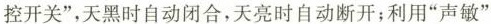
控开关”，天黑时自动闭合，天亮时自动断开；利用”声敏”